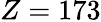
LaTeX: Z=173